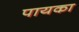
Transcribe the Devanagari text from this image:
पायका